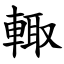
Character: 輙